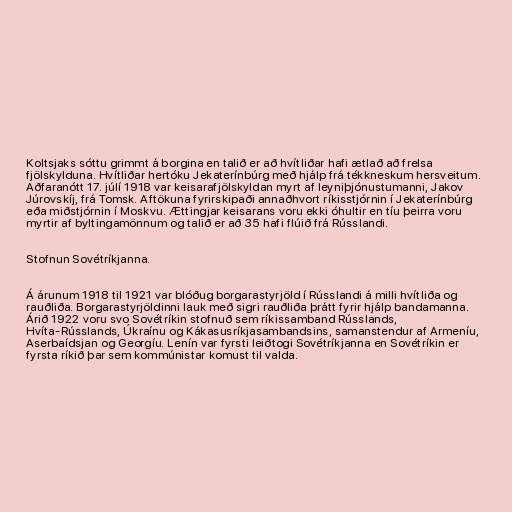
Koltsjaks sóttu grimmt á borgina en talið er að hvítliðar hafi ætlað að frelsa
fjölskylduna. Hvítliðar hertóku Jekaterínbúrg með hjálp frá tékkneskum hersveitum.
Aðfaranótt 17. júlí 1918 var keisarafjölskyldan myrt af leyniþjónustumanni, Jakov
Júrovskíj, frá Tomsk. Aftökuna fyrirskipaði annaðhvort ríkisstjórnin í Jekaterínbúrg
eða miðstjórnin í Moskvu. Ættingjar keisarans voru ekki óhultir en tíu þeirra voru
myrtir af byltingamönnum og talið er að 35 hafi flúið frá Rússlandi.

Stofnun Sovétríkjanna.

Á árunum 1918 til 1921 var blóðug borgarastyrjöld í Rússlandi á milli hvítliða og
rauðliða. Borgarastyrjöldinni lauk með sigri rauðliða þrátt fyrir hjálp bandamanna.
Árið 1922 voru svo Sovétríkin stofnuð sem ríkissamband Rússlands,
Hvíta-Rússlands, Úkraínu og Kákasusríkjasambandsins, samanstendur af Armeníu,
Aserbaídsjan og Georgíu. Lenín var fyrsti leiðtogi Sovétríkjanna en Sovétríkin er
fyrsta ríkið þar sem kommúnistar komust til valda.